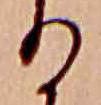
る